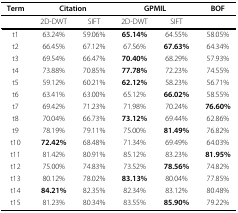
| Term | <COLSPAN=2> Citation | <COLSPAN=2> GPMIL | BOF |
 | --- | --- | --- | --- | --- | --- |
 |  | 2D-DWT | SIFT | 2D-DWT | SIFT |  |
 | t1 | 63.24% | 59.06% | 65.14% | 64.55% | 58.05% |
 | t2 | 66.45% | 67.12% | 67.56% | 67.63% | 64.34% |
 | t3 | 69.54% | 66.47% | 70.40% | 68.29% | 57.93% |
 | t4 | 73.88% | 70.85% | 77.78% | 72.23% | 74.55% |
 | t5 | 59.12% | 60.21% | 62.12% | 58.23% | 56.71% |
 | t6 | 63.41% | 63.00% | 65.12% | 66.02% | 58.55% |
 | t7 | 69.42% | 71.23% | 71.98% | 70.24% | 76.60% |
 | t8 | 70.04% | 66.73% | 73.12% | 69.44% | 62.86% |
 | t9 | 78.19% | 79.11% | 75.00% | 81.49% | 76.82% |
 | t10 | 72.42% | 68.48% | 71.34% | 69.49% | 64.03% |
 | t11 | 81.42% | 80.91% | 85.12% | 83.23% | 81.95% |
 | t12 | 75.00% | 74.83% | 73.52% | 78.56% | 74.82% |
 | t13 | 80.12% | 78.02% | 83.13% | 80.04% | 77.85% |
 | t14 | 84.21% | 82.35% | 82.34% | 83.12% | 80.48% |
 | t15 | 81.23% | 80.34% | 83.55% | 85.90% | 79.22% |